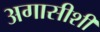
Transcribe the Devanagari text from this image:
अगासीशी